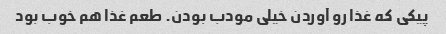
پیکی که غذا رو آوردن خیلی مودب بودن. طعم غذا هم خوب بود